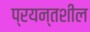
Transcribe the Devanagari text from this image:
प्रयन्तशील